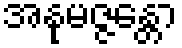
အနုမဇ္ဇန္တော